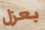
بعزل